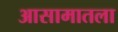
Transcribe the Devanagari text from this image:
आसामातला